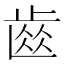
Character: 𮮽